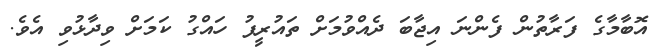
އޮބާމާގެ ފަރާތުން ފެންނަ އިޖާބަ ދެއްވުމަށް ތައުރީފު ހައްގު ކަމަށް ވިދާޅުވި އެވެ.